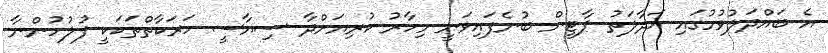
އެ ބައްދަލުވުމުގައި އަދާލަތު ޕާޓީން ބުނެފައިވަނީ މިހާރު ކުރިޔަށްދާ ސިޔާސީ ހަރަކާތްތަކަކީ ފުލުހުންނާ